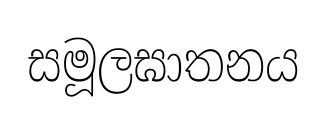
සමූලඝාතනය